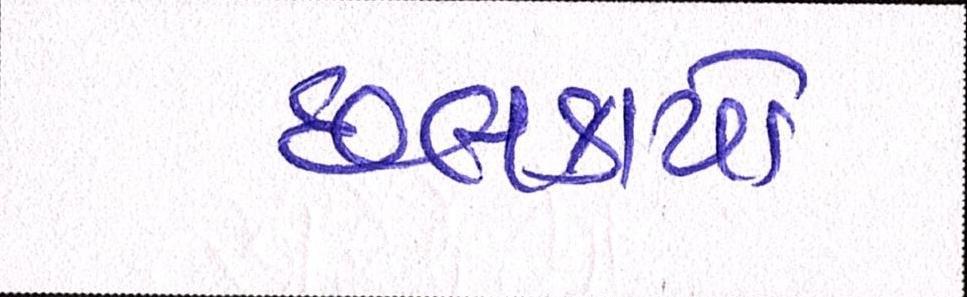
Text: છલકાયો